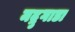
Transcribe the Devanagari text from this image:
मद्रुगाडा